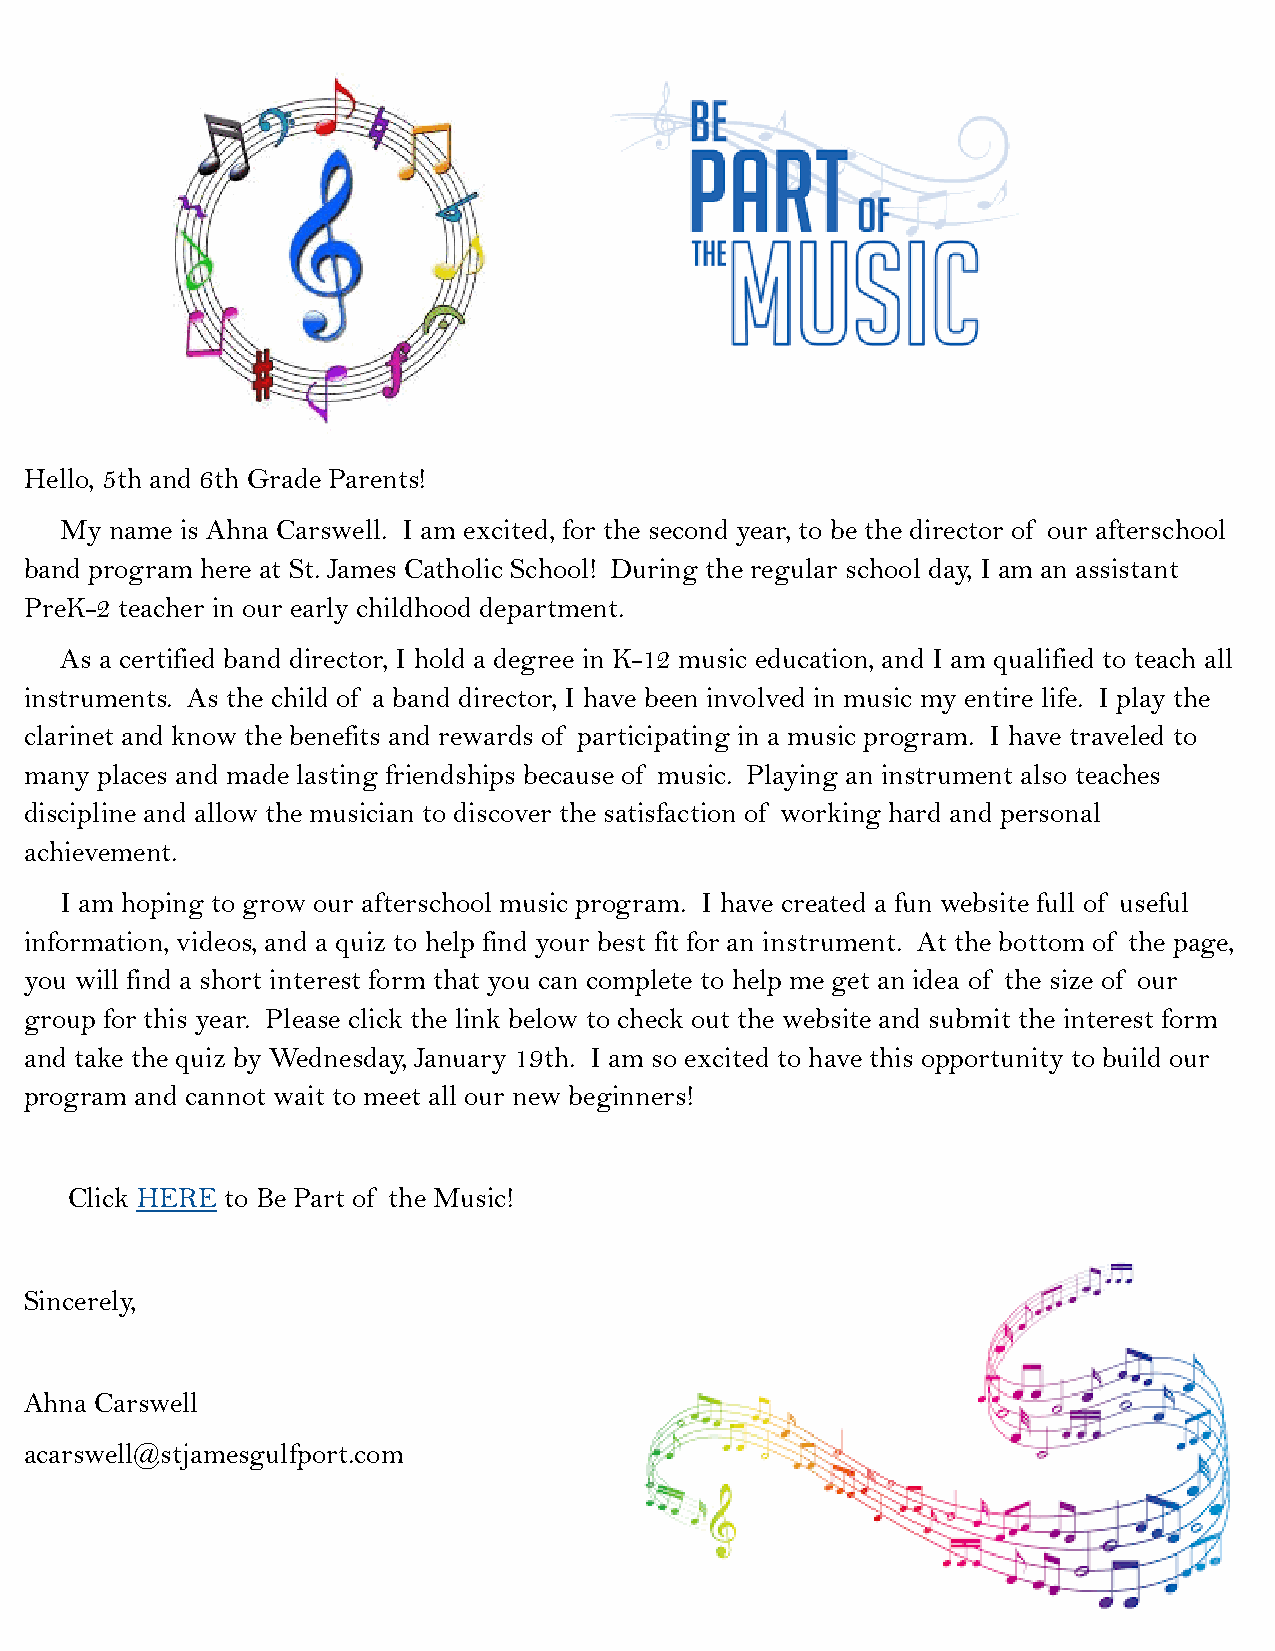
Hello, 5th and 6th Grade Parents!
 My name is Ahna Carswell. I am excited, for the second year, to be the director of our afterschool
 band program here at St. James Catholic School! During the regular school day, I am an assistant
 PreK-2 teacher in our early childhood department.
 As a certified band director, I hold a degree in K-12 music education, and I am qualified to teach all
 instruments. As the child of a band director, I have been involved in music my entire life. I play the
 clarinet and know the benefits and rewards of participating in a music program. I have traveled to
 many places and made lasting friendships because of music. Playing an instrument also teaches
 discipline and allow the musician to discover the satisfaction of working hard and personal
 achievement.
 I am hoping to grow our afterschool music program. I have created a fun website full of useful
 information, videos, and a quiz to help find your best fit for an instrument. At the bottom of the page,
 you will find a short interest form that you can complete to help me get an idea of the size of our
 group for this year. Please click the link below to check out the website and submit the interest form
 and take the quiz by Wednesday, January 19th. I am so excited to have this opportunity to build our
 program and cannot wait to meet all our new beginners!
 Click HERE to Be Part of the Music!
 Sincerely,
 Ahna Carswell
 acarswell@stjamesgulfport.com